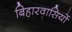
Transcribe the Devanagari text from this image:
बिहारवासियों